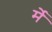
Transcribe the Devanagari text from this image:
र्मे